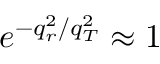
e ^ { - q _ { r } ^ { 2 } / q _ { T } ^ { 2 } } \approx 1